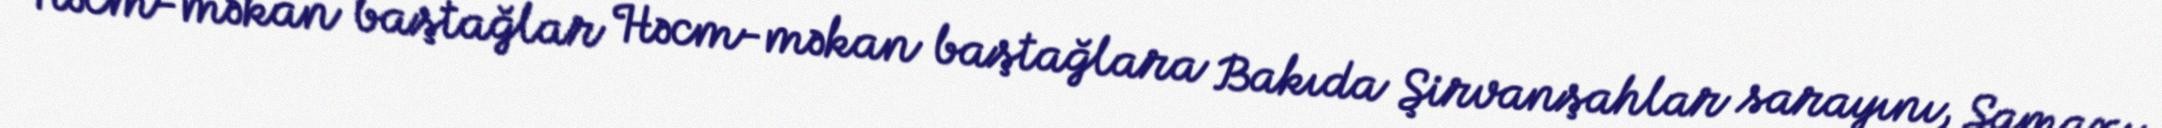
Həcm-məkan baştağlar Həcm-məkan baştağlara Bakıda Şirvanşahlar sarayını, Şamaxı